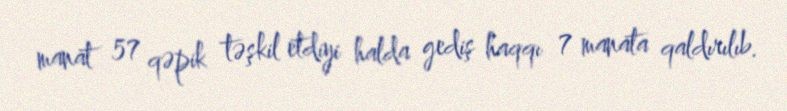
manat 57 qəpik təşkil etdiyi halda gediş haqqı 7 manata qaldırılıb.